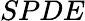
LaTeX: SPDE